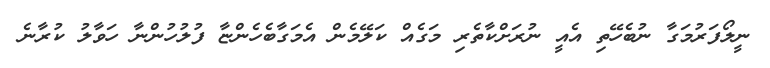
ނީލޯފަރުމަގާ ނުބެހޭތި އެއީ ނުރަށްކާތެރި މަގެއް ކަލޭމެން އެމަގާބެހެންޏާ ފުލުހުންނާ ހަވާލު ކުރާނެ